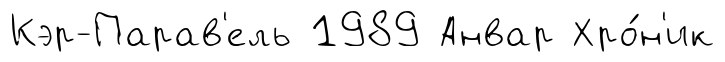
Кэр-Парав'ель 1989 Анвар Хро́н'ик